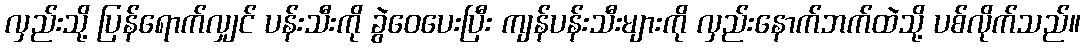
လှည်းသို့ ပြန်ရောက်လျှင် ပန်းသီးကို ခွဲဝေပေးပြီး ကျန်ပန်းသီးများကို လှည်းနောက်ဘက်ထဲသို့ ပစ်လိုက်သည်။